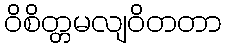
ဝိစိတ္တမလျဝိတတာ